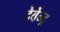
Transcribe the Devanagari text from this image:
देवेंन्द्र